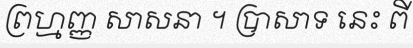
ព្រហ្មញ្ញ សាសនា ។ ប្រាសាទ នេះ ពី